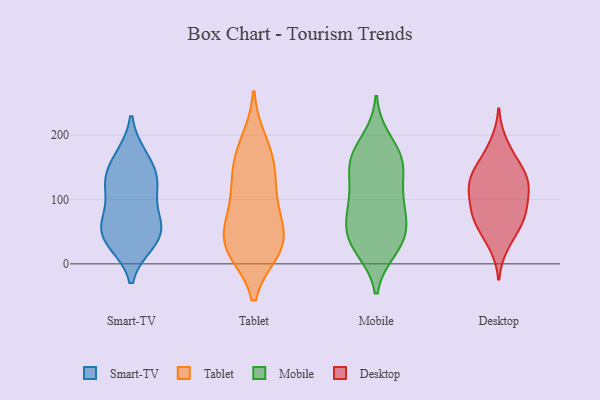
{"axis": {"x": "Website Visitors", "y": "Value"}, "legend": ["Desktop", "Mobile", "Smart-TV", "Tablet"], "data": [{"x": "", "y": 129, "type": "Smart-TV"}, {"x": "", "y": 169, "type": "Smart-TV"}, {"x": "", "y": 140, "type": "Smart-TV"}, {"x": "", "y": 119, "type": "Smart-TV"}, {"x": "", "y": 31, "type": "Smart-TV"}, {"x": "", "y": 58, "type": "Smart-TV"}, {"x": "", "y": 72, "type": "Smart-TV"}, {"x": "", "y": 132, "type": "Smart-TV"}, {"x": "", "y": 60, "type": "Smart-TV"}, {"x": "", "y": 50, "type": "Smart-TV"}, {"x": "", "y": 116, "type": "Smart-TV"}, {"x": "", "y": 33, "type": "Smart-TV"}, {"x": "", "y": 169, "type": "Smart-TV"}, {"x": "", "y": 77, "type": "Smart-TV"}, {"x": "", "y": 31, "type": "Smart-TV"}, {"x": "", "y": 34, "type": "Tablet"}, {"x": "", "y": 159, "type": "Tablet"}, {"x": "", "y": 23, "type": "Tablet"}, {"x": "", "y": 27, "type": "Tablet"}, {"x": "", "y": 112, "type": "Tablet"}, {"x": "", "y": 164, "type": "Tablet"}, {"x": "", "y": 67, "type": "Tablet"}, {"x": "", "y": 39, "type": "Tablet"}, {"x": "", "y": 22, "type": "Tablet"}, {"x": "", "y": 127, "type": "Tablet"}, {"x": "", "y": 189, "type": "Tablet"}, {"x": "", "y": 85, "type": "Tablet"}, {"x": "", "y": 23, "type": "Mobile"}, {"x": "", "y": 95, "type": "Mobile"}, {"x": "", "y": 83, "type": "Mobile"}, {"x": "", "y": 142, "type": "Mobile"}, {"x": "", "y": 94, "type": "Mobile"}, {"x": "", "y": 163, "type": "Mobile"}, {"x": "", "y": 112, "type": "Mobile"}, {"x": "", "y": 58, "type": "Mobile"}, {"x": "", "y": 36, "type": "Mobile"}, {"x": "", "y": 43, "type": "Mobile"}, {"x": "", "y": 55, "type": "Mobile"}, {"x": "", "y": 192, "type": "Mobile"}, {"x": "", "y": 167, "type": "Mobile"}, {"x": "", "y": 26, "type": "Mobile"}, {"x": "", "y": 160, "type": "Mobile"}, {"x": "", "y": 155, "type": "Mobile"}, {"x": "", "y": 124, "type": "Desktop"}, {"x": "", "y": 111, "type": "Desktop"}, {"x": "", "y": 29, "type": "Desktop"}, {"x": "", "y": 132, "type": "Desktop"}, {"x": "", "y": 80, "type": "Desktop"}, {"x": "", "y": 89, "type": "Desktop"}, {"x": "", "y": 73, "type": "Desktop"}, {"x": "", "y": 138, "type": "Desktop"}, {"x": "", "y": 73, "type": "Desktop"}, {"x": "", "y": 124, "type": "Desktop"}, {"x": "", "y": 155, "type": "Desktop"}, {"x": "", "y": 116, "type": "Desktop"}, {"x": "", "y": 162, "type": "Desktop"}, {"x": "", "y": 46, "type": "Desktop"}, {"x": "", "y": 188, "type": "Desktop"}, {"x": "", "y": 66, "type": "Desktop"}]}